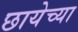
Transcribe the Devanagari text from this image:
छायेच्या